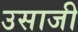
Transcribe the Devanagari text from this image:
उसाजी